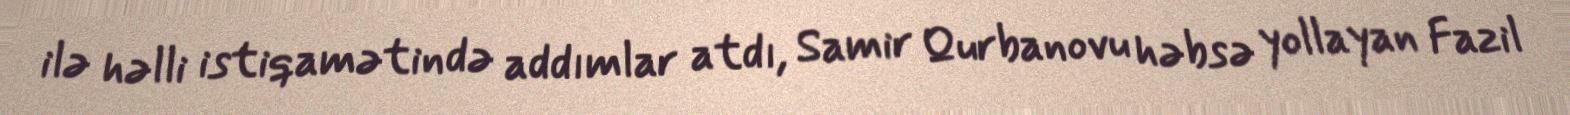
ilə həlli istiqamətində addımlar atdı, Samir Qurbanovu həbsə yollayan Fazil